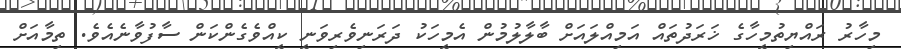
މިހާރު ރައްޔިތުމީހާގެ ޚަރަދުތައް އަމިއްލައަށް ބާލާލުމުން އެމީހަކު ދަރަނިވެރިވަނީ ކީއްވެެގެންކަން ސާފުވާނެއެވެ. ތިމާއަށް